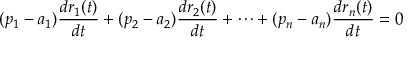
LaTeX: ( p _ { 1 } - a _ { 1 } ) { \frac { d r _ { 1 } ( t ) } { d t } } + ( p _ { 2 } - a _ { 2 } ) { \frac { d r _ { 2 } ( t ) } { d t } } + \cdots + ( p _ { n } - a _ { n } ) { \frac { d r _ { n } ( t ) } { d t } } = 0